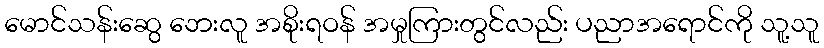
မောင်သန်းဆွေ ဘေးလူ အစိုးရဝန် အမှုကြားတွင်လည်း ပညာအရောင်ကို သူ့သူ